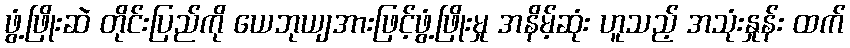
ဖွံ့ဖြိုးဆဲ တိုင်းပြည်ကို ယေဘုယျအားဖြင့်ဖွံ့ဖြိုးမှု အနိမ့်ဆုံး ဟူသည့် အသုံးနှုန်း ထက်